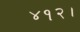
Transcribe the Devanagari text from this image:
४१२।